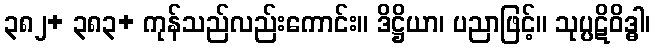
၃၈၂+ ၃၈၃+ ကုန်သည်လည်းကောင်း။ ဒိဋ္ဌိယာ၊ ပညာဖြင့်။ သုပ္ပဋိဝိဒ္ဓါ၊